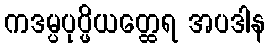
ကဒမ္ပပုပ္ဖိယတ္ထေရ အပဒါန